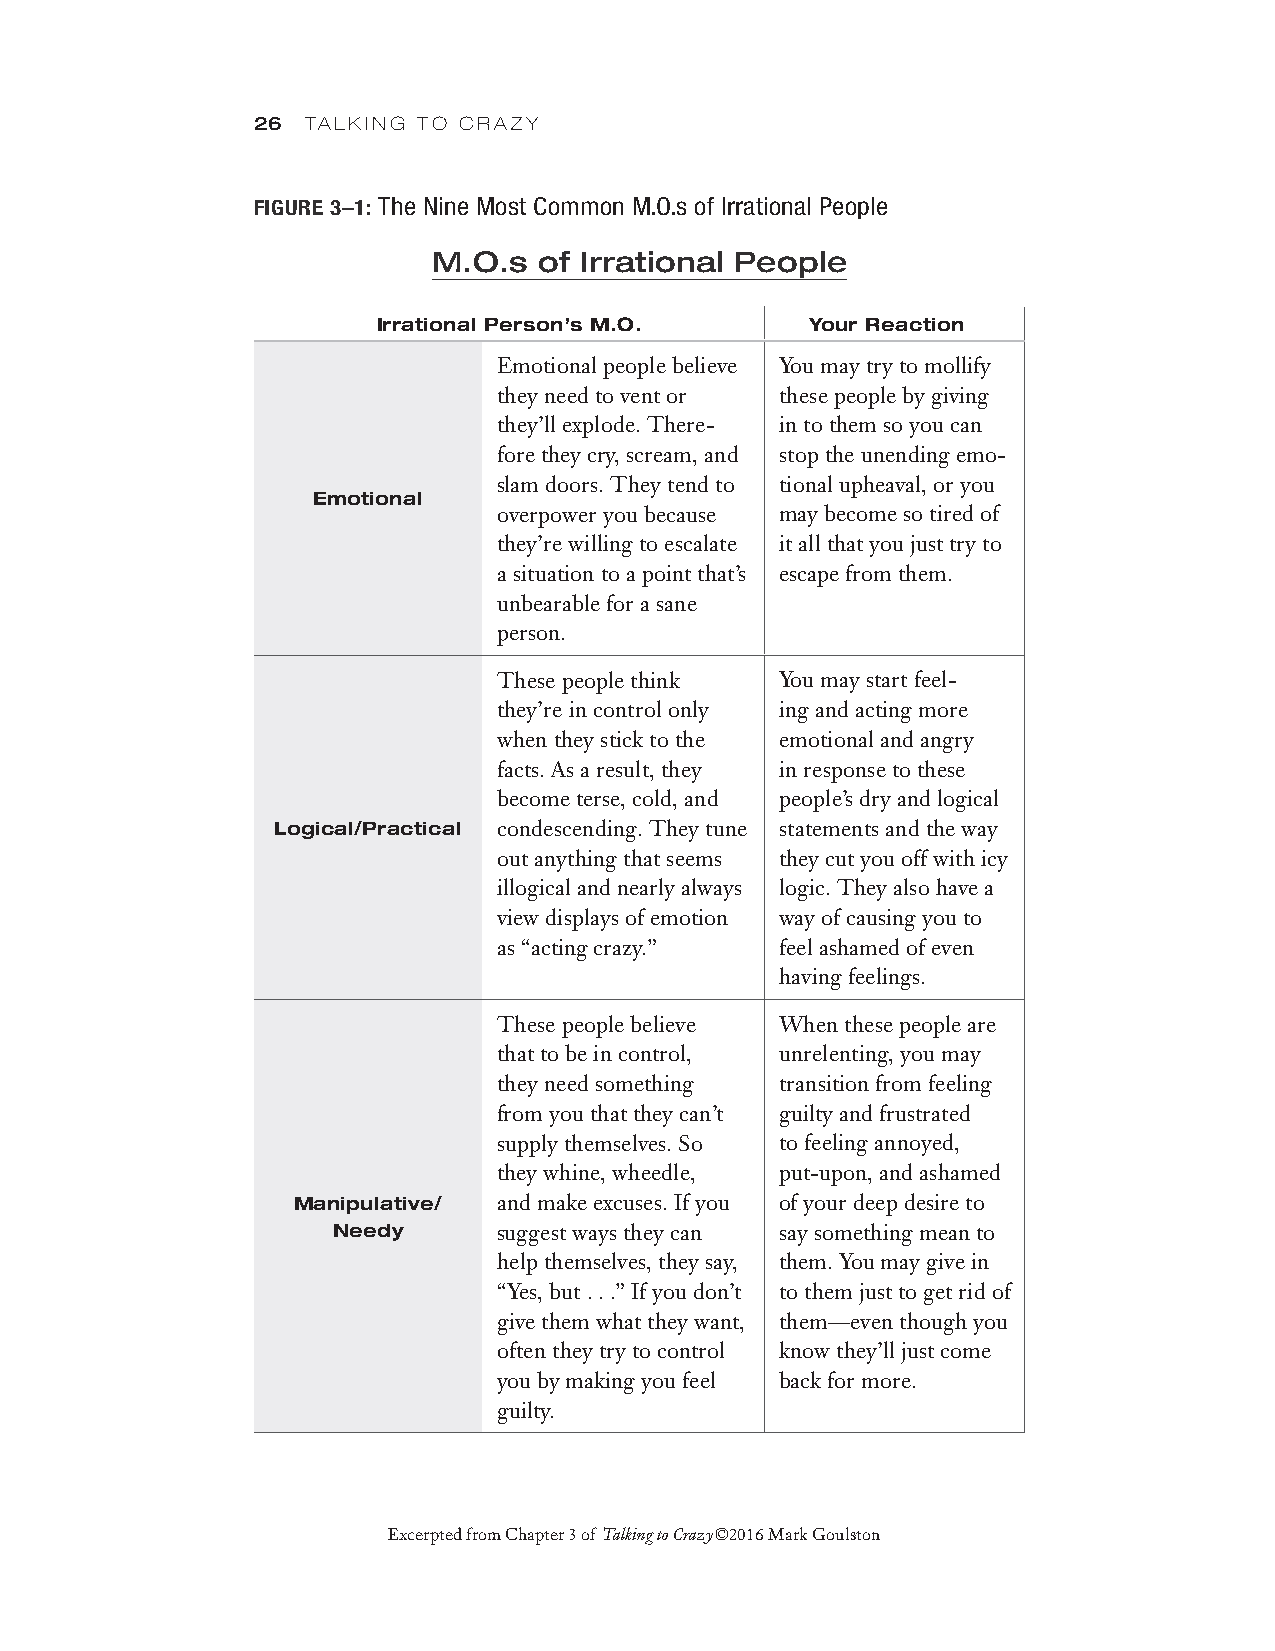
26 TALKING TO CRAZY
 FIGURE 3–1: The Nine Most Common M.O.s of Irrational People
 M.O.s  of Irrational People
 Irrational Person’s M.O.     Your Reaction
 Emotional people believe You may try to mollify
 they need to vent or these people by giving
 they’ll explode. There- in to them so you can
 fore they cry, scream, and stop the unending emo-
 slam doors. They tend to tional upheaval, or you
 Emotional
 overpower you because may become so tired of
 they’re willing to escalate it all that you just try to
 a situation to a point that’s escape from them.
 unbearable for a sane
 person.
 These people think You may start feel-
 they’re in control only ing and acting more
 when they stick to the emotional and angry
 facts. As a result, they in response to these
 become terse, cold, and people’s dry and logical
 Logical/Practical condescending. They tune statements and the way
 out anything that seems they cut you off with icy
 illogical and nearly always logic. They also have a
 view displays of emotion way of causing you to
 as “acting crazy.” feel ashamed of even
 having feelings.
 These people believe When these people are
 that to be in control, unrelenting, you may
 they need something transition from feeling
 from you that they can’t guilty and frustrated
 supply themselves. So to feeling annoyed,
 they whine, wheedle, put-upon, and ashamed
 Manipulative/ and make excuses. If you of your deep desire to
 Needy      suggest ways they can say something mean to
 help themselves, they say, them. You may give in
 “Yes, but . . .” If you don’t to them just to get rid of
 give them what they want, them—even though you
 often they try to control know they’ll just come
 you by making you feel back for more.
 guilty.
 Excerpted from Chapter 3 of Talking to Crazy ©2016 Mark Goulston
 CRAZY_combined.indd 26                                      7/25/15 1:35 PM